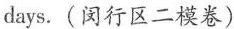
days.(闵行区二模卷)